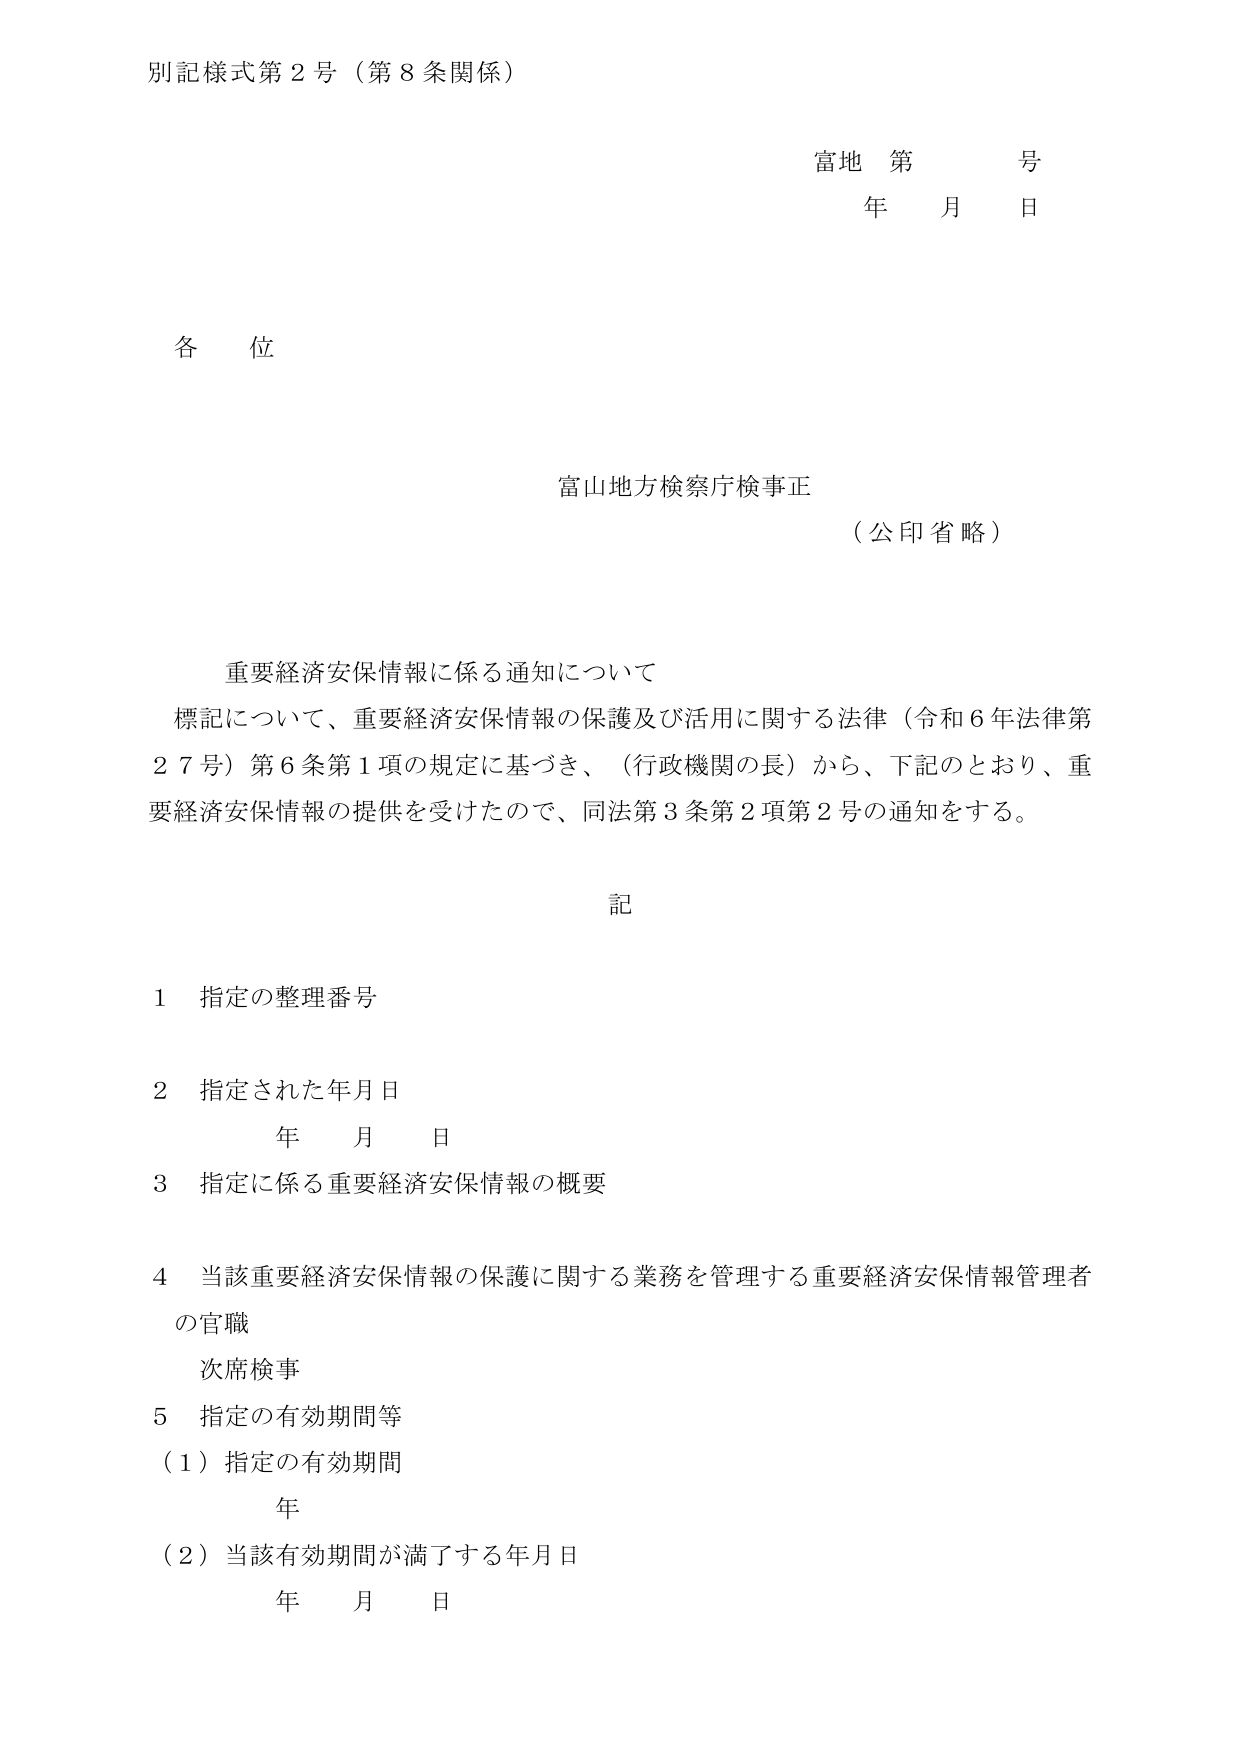
別記様式第２号（第８条関係）

富地 第 号
年 月 日

各位

富山地方検察庁検事正
（公印省略）

重要経済安保情報に係る通知について
標記について、重要経済安保情報の保護及び活用に関する法律（令和６年法律第２７号）第６条第１項の規定に基づき、（行政機関の長）から、下記のとおり、重要経済安保情報の提供を受けたので、同法第３条第２項第２号の通知をする。

記

１ 指定の整理番号

２ 指定された年月日
　年 月 日

３ 指定に係る重要経済安保情報の概要

４ 当該重要経済安保情報の保護に関する業務を管理する重要経済安保情報管理者の官職
　次席検事

５ 指定の有効期間等
　（１）指定の有効期間
　　　年
　（２）当該有効期間が満了する年月日
　　　年 月 日